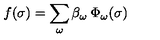
f ( \sigma ) = \sum _ { \omega } \beta _ { \omega } \: \Phi _ { \omega } ( \sigma )